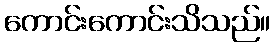
ကောင်းကောင်းသိသည်။